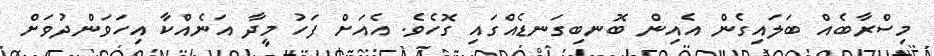
މިސްރާބެއް ބަލައިގެން އެއިން ބޮނބިގަނޑެއްގައި ގޮހެވެ. އެއަށް ފަހު މީދާ އަނެއްކާ އިހަވަންދުވަށް